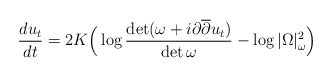
\begin{align*} \frac{du_t}{dt} = 2K \Big( \log \frac{\det (\omega + i \partial \overline{\partial} u_t)}{\det \omega} - \log |\Omega|_\omega^2 \Big)\end{align*}